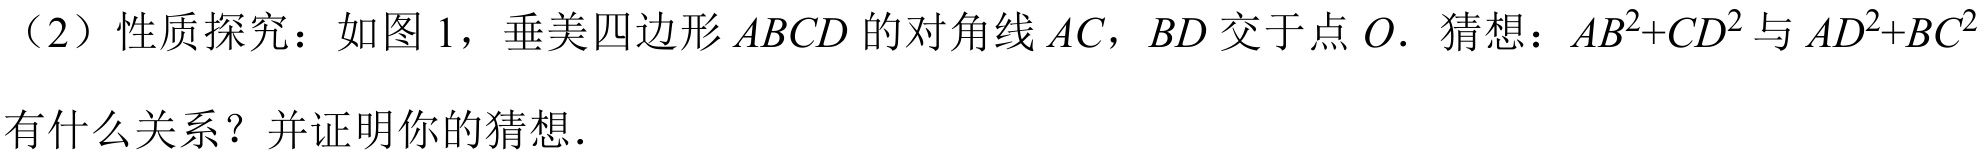
（2）性质探究：如图1，垂美四边形\(ABCD\)的对角线\(AC\)，\(BD\)交于点\(O\). 猜想：\(AB^{2}+CD^{2}\)与\(AD^{2}+BC^{2}\)有什么关系？并证明你的猜想.